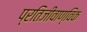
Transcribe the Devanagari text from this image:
प्रतिजीवाण्विक